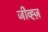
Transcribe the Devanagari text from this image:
जीव्ह्ज़